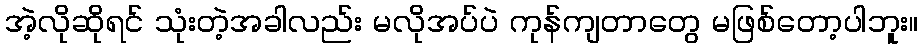
အဲ့လိုဆိုရင် သုံးတဲ့အခါလည်း မလိုအပ်ပဲ ကုန်ကျတာတွေ မဖြစ်တော့ပါဘူး။